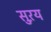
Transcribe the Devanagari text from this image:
सुऱय